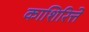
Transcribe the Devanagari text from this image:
काशिरित्ते